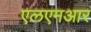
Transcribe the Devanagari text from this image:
एलएमआर